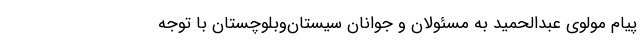
پیام مولوی عبدالحمید به مسئولان و جوانان سیستان‌وبلوچستان با توجه